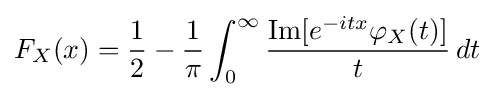
F_{X}(x)={\frac {1}{2}}-{\frac {1}{\pi }}\int _{0}^{\infty }{\frac {\operatorname {Im} [e^{-itx}\varphi _{X}(t)]}{t}}\,dt